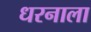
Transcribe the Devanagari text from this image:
धरनाला